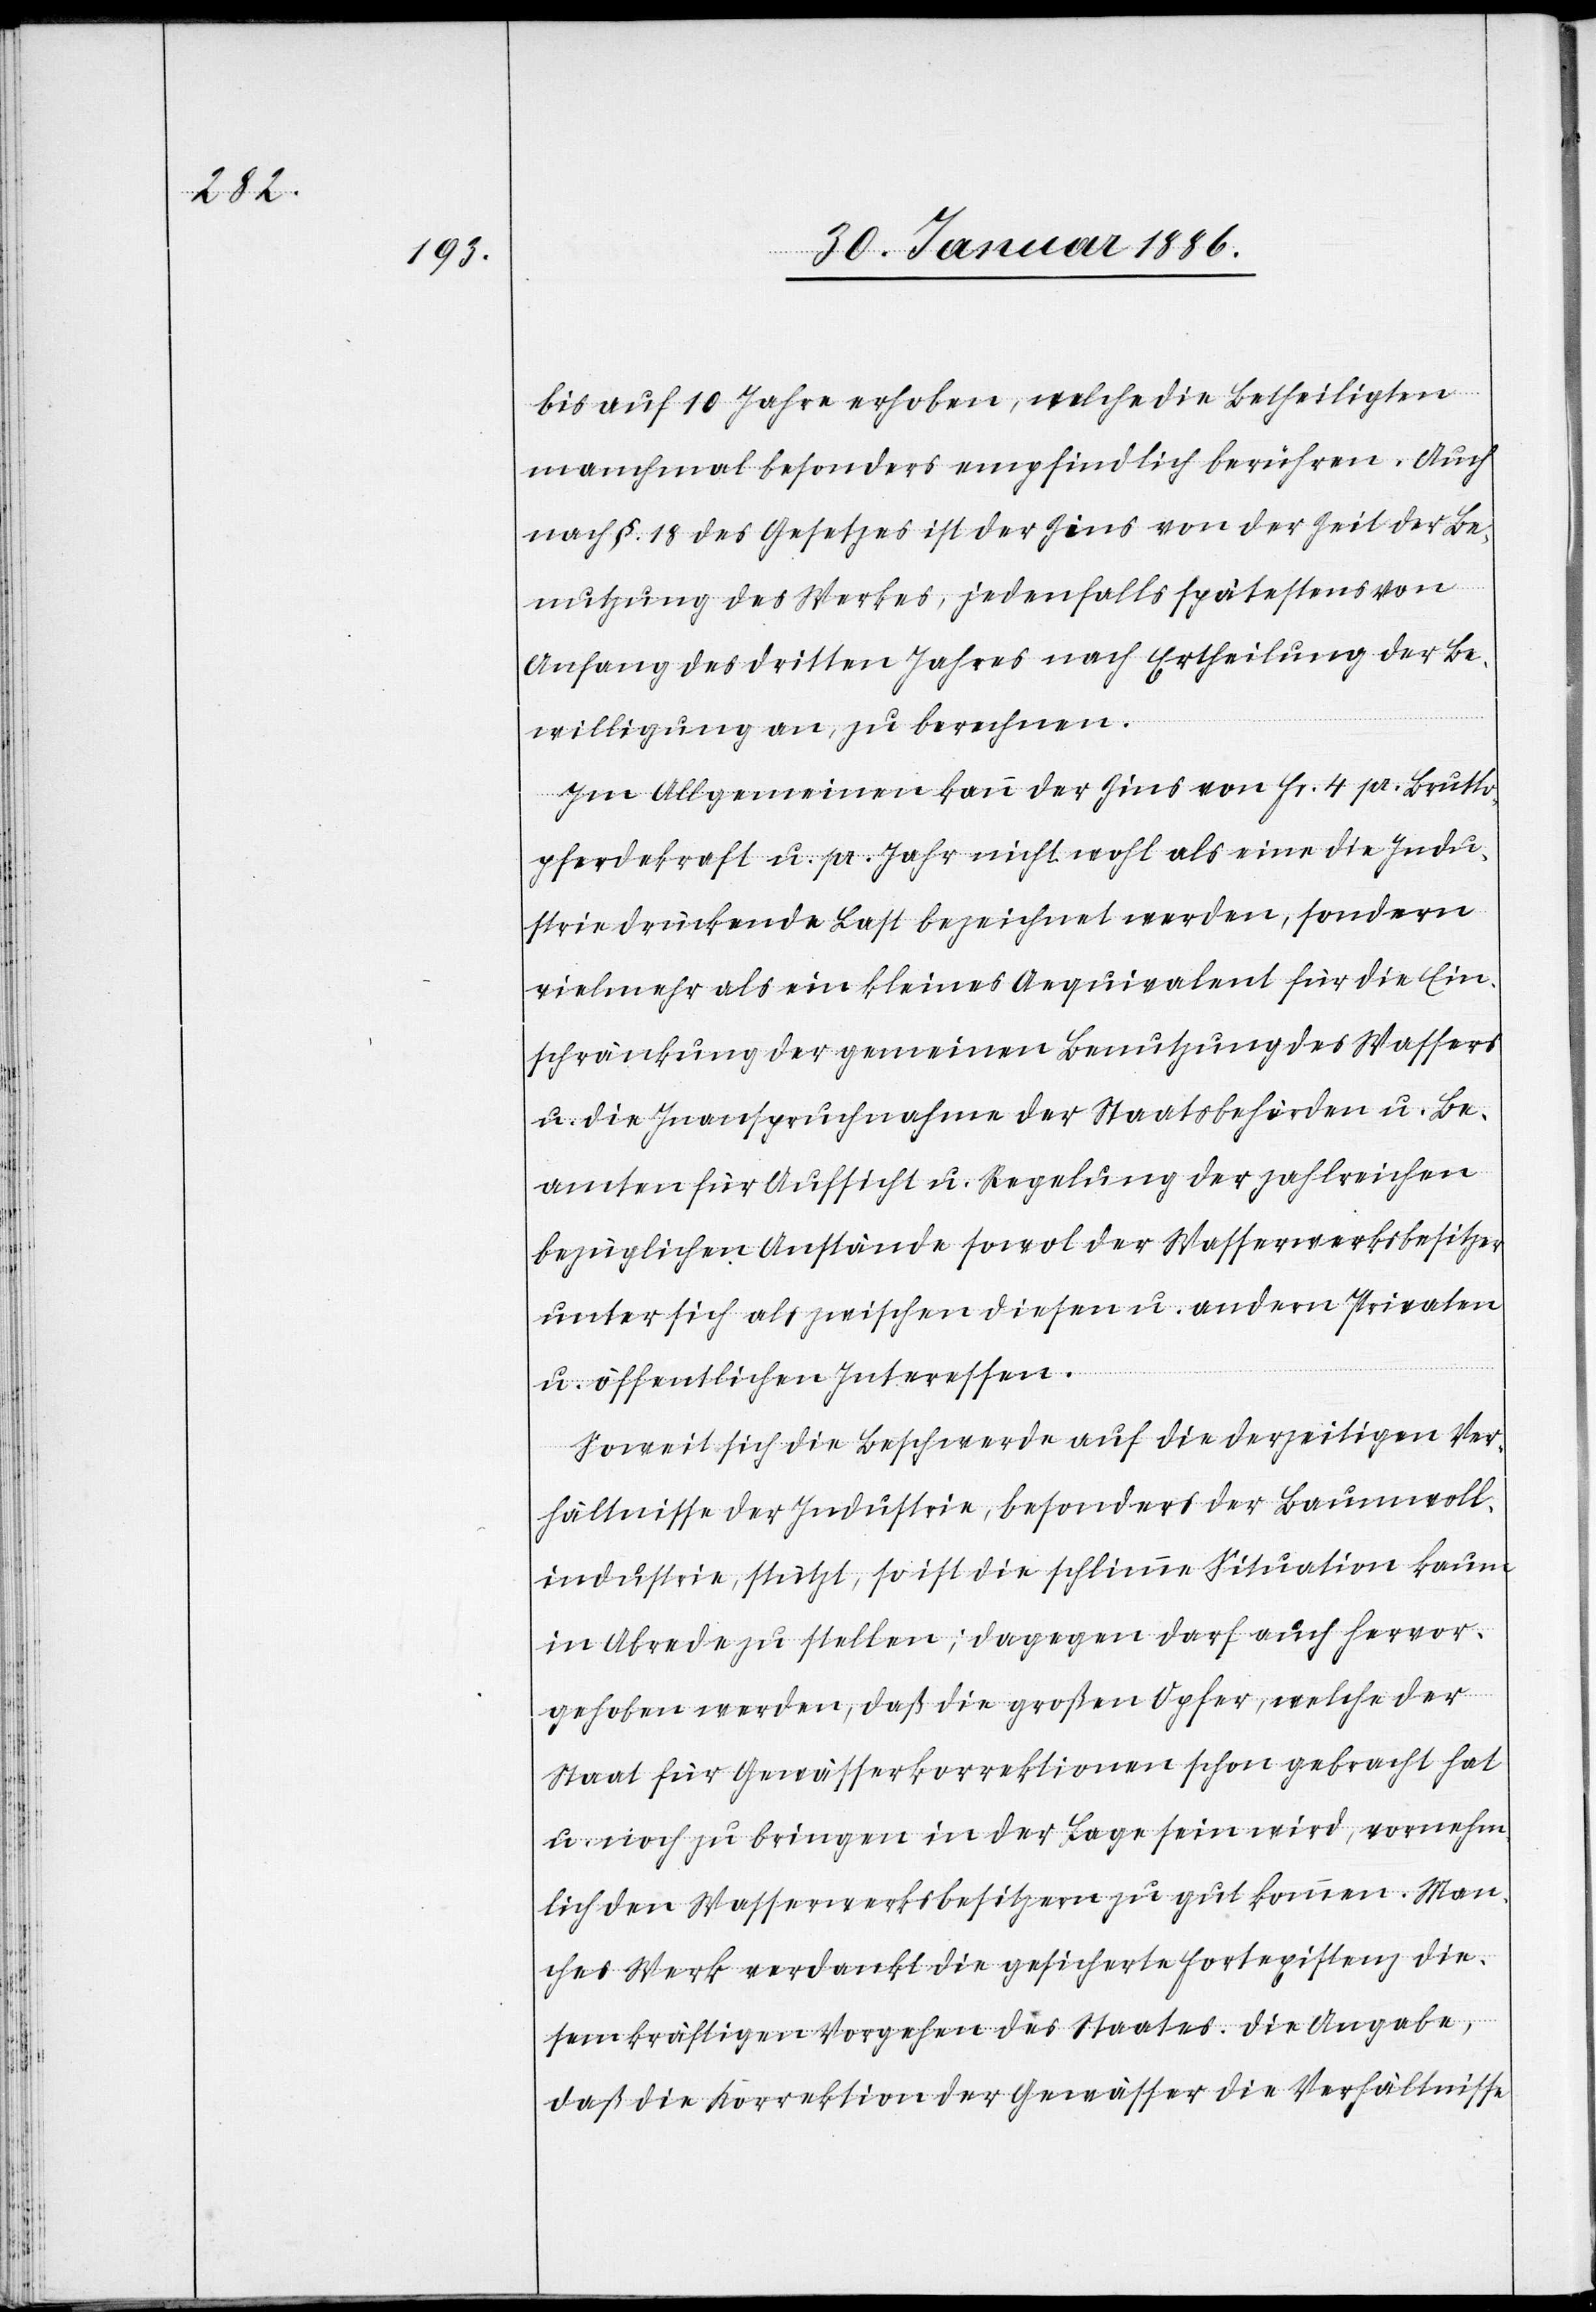
bis auf 10 Jahren erhoben, welche die Betheiligten
manchmal besonders empfindlich berühren. Auch
nach §. 18 des Gesetzes ist der Zins von der Zeit der Be¬
nutzung des Werkes, jedenfalls spätestens von
Anfang des dritten Jahres nach Ertheilung der Be¬
willigung an, zu berechnen.
Im Allgemeinen kann der Zins von Fr. 4 pr. Brutto¬
pferdekraft u. pr. Jahr nicht wohl als eine die Indu¬
strie drückende Last bezeichnet werden, sondern
vielmehr als ein kleines Aequivalent für die Ein¬
schränkung der gemeinen Benutzung des Wassers
u. die Inanspruchnahme der Staatsbehörden u. Be¬
amten für Aufsicht u. Regelung der zahlreichen
bezüglichen Anstände sowol der Wasserwerksbesitzer
unter sich als zwischen diesen u. andern Privaten
u. öffentlichen Interessen.
Soweit sich die Beschwerde auf die derzeitige Ver¬
hältnisse der Industrie, besonders der Baumwoll¬
industrie, stützt, so ist die schlimme Situation kaum
in Abrede zu stellen; dagegen darf auch hervor¬
gehoben werden, daß die großen Opfer, welche der
Staat für Gewässerkorrektionen schon gebracht hat
u. noch zu bringen in der Lage sein wird, vornehm¬
lich den Wasserwerksbesitzern zu gut kommen. Man¬
ches Werk verdankt die gesicherte Fortexistenz die¬
sem kräftigen Vorgehen des Staates. Die Angabe,
daß die Korrektion der Gewässer die Verhältnisse